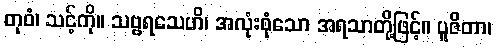
တုဝံ၊ သင့်ကို။ သဗ္ဗရသေဟိ၊ အလုံးစုံသော အရသာတို့ဖြင့်။ ပူဇိတာ၊